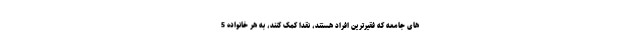
های جامعه که فقیرترین افراد هستند، نقداً کمک کنند، به هر خانواده 5